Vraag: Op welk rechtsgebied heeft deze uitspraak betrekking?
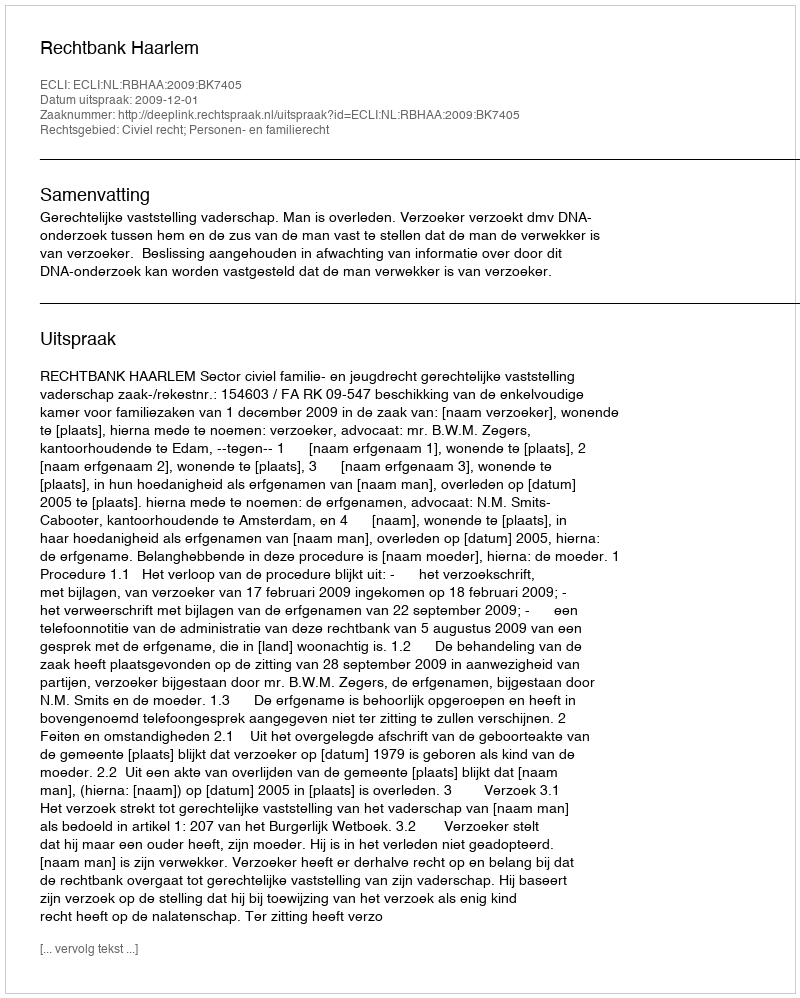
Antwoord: Civiel recht; Personen- en familierecht